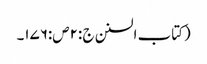
(کتاب السنن ج :۲ص:۱۷۶۔